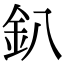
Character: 釟